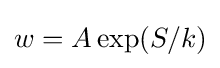
w=A\exp(S/k)